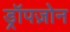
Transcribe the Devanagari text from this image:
ड्रॉपज़ोन